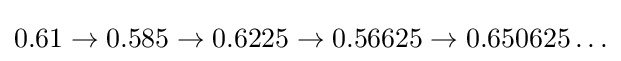
0.61\to 0.585\to 0.6225\to 0.56625\to 0.650625\ldots